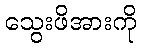
သွေးဖိအားကို